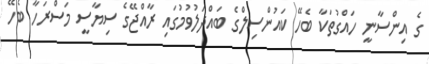
ގެ އިންސާނީ ހައްގުތަކާ ބެހޭ ކައުންސިލްގެ ބައްދަލުވުމުގައި ރާއްޖޭގެ ސިޔާސީ މަސްރަހާ ބެހޭ